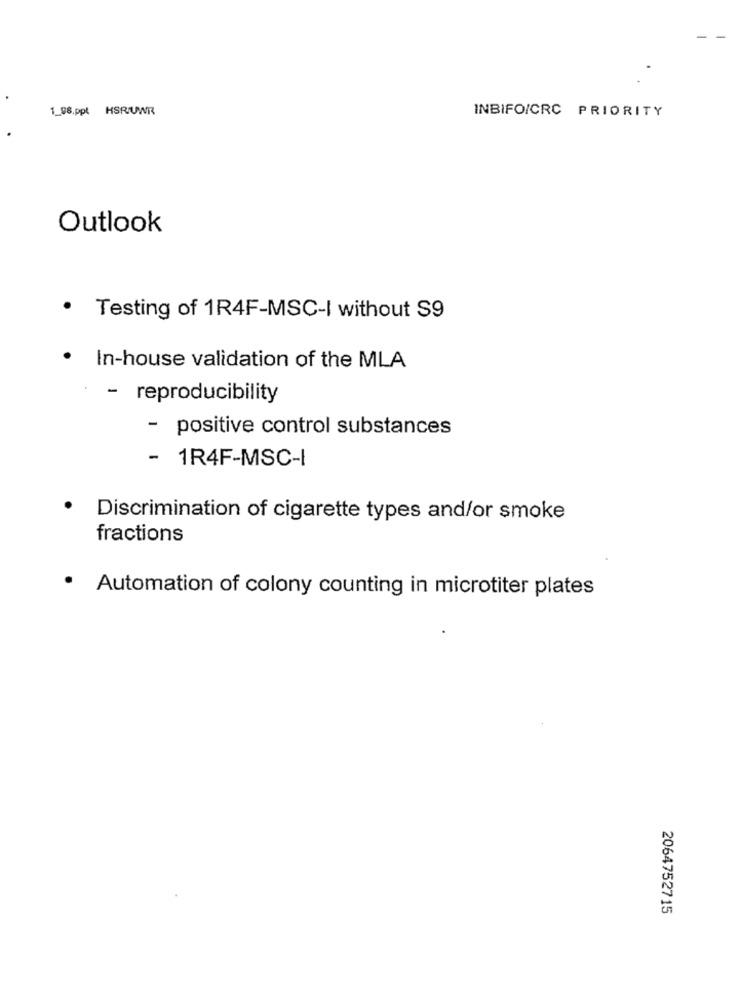
1_98,ppl HSR/UWR
INBIFO/CRC PRIORITY
Outlook
· Testing of 1R4F-MSC-I without S9
. In-house validation of the MLA
- reproducibility
- positive control substances
- 1R4F-MSC-I
.
Discrimination of cigarette types and/or smoke
fractions
· Automation of colony counting in microtiter plates
2064752715